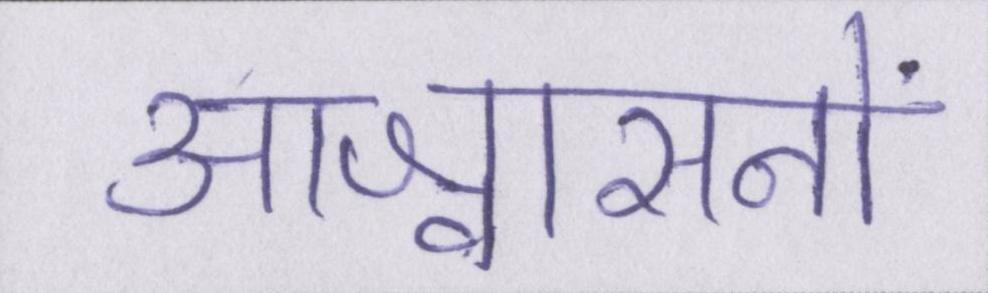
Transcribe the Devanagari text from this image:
आश्वासनों